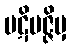
ပဋိပဇ္ဇိမှ